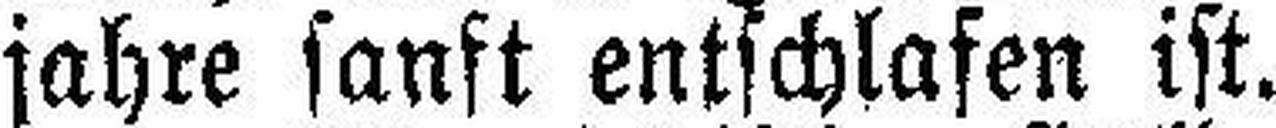
jahre sanft entschlafen ist.